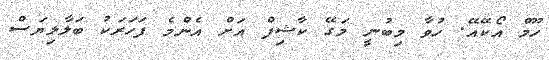
ހޫމް އޯކޭއޭ. ހުވާ މިބުނީ މަގޭ ކާޝިފް އަށް އެންމެ ފަހަރަކު ބަލާލިޔަސް